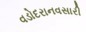
વડોદરાનવસારી